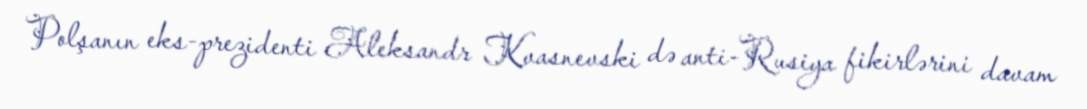
Polşanın eks-prezidenti Aleksandr Kvasnevski də anti-Rusiya fikirlərini davam